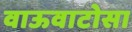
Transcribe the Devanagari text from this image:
वाऊवाटोसा